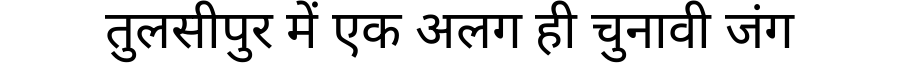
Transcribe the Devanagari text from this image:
तुलसीपुर में एक अलग ही चुनावी जंग